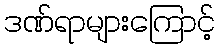
ဒဏ်ရာများကြောင့်